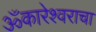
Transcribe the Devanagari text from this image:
ॐकारेश्वराचा